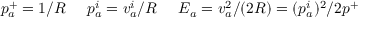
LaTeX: p _ { a } ^ { + } = 1 / R \; \; \; \; \; p _ { a } ^ { i } = v _ { a } ^ { i } / R \; \; \; \; \; E _ { a } = v _ { a } ^ { 2 } / ( 2 R ) = ( p _ { a } ^ { i } ) ^ { 2 } / 2 p ^ { + }